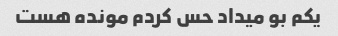
یکم بو میداد حس کردم مونده هست